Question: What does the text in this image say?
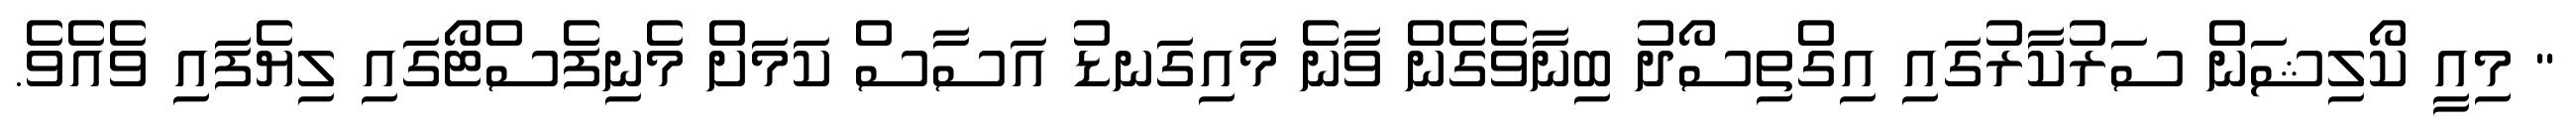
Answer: " މިއީ ކޯލިޝަން ސަރުކާރުގައި އިގްތިސޯދު ބިނާވެގެން ވާނެ މައިގަނޑު އަސާސް ކަމަށް މެނިފެސްޓޯގައި ލިޔެފައި ވެއެވެ.